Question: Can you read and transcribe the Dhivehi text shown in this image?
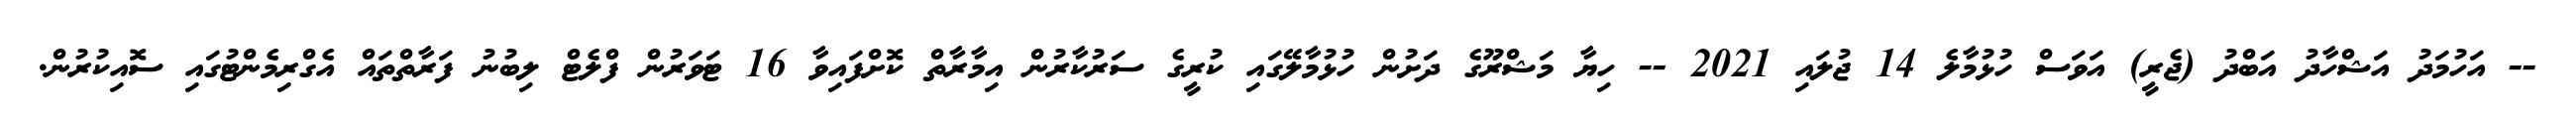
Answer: -- އަހުމަދު އަޝްހާދު އަބްދު (ޖެރީ) އަވަސް ހުޅުމާލެ 14 ޖުލައި 2021 -- ހިޔާ މަޝްރޫގެ ދަށުން ހުޅުމާލޭގައި ކުރީގެ ސަރުކާރުން އިމާރާތް ކޮށްފައިވާ 16 ޓަވަރުން ފްލެޓް ލިބުނު ފަރާތްތައް އެގްރިމެންޓުގައި ސޮއިކުރުން.